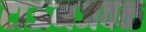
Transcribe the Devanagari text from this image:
टाऊनजवळ